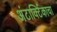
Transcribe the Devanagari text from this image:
अंटार्क्टिकाचा